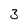
Character: 3